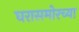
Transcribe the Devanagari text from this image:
घरासमोरच्या